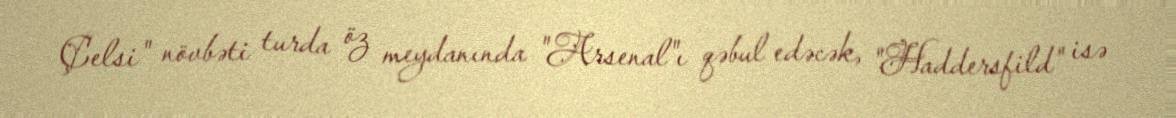
Çelsi" növbəti turda öz meydanında "Arsenal"ı qəbul edəcək, "Haddersfild" isə